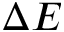
\Delta E